Scottish Leaving Certificate Examination, 1961
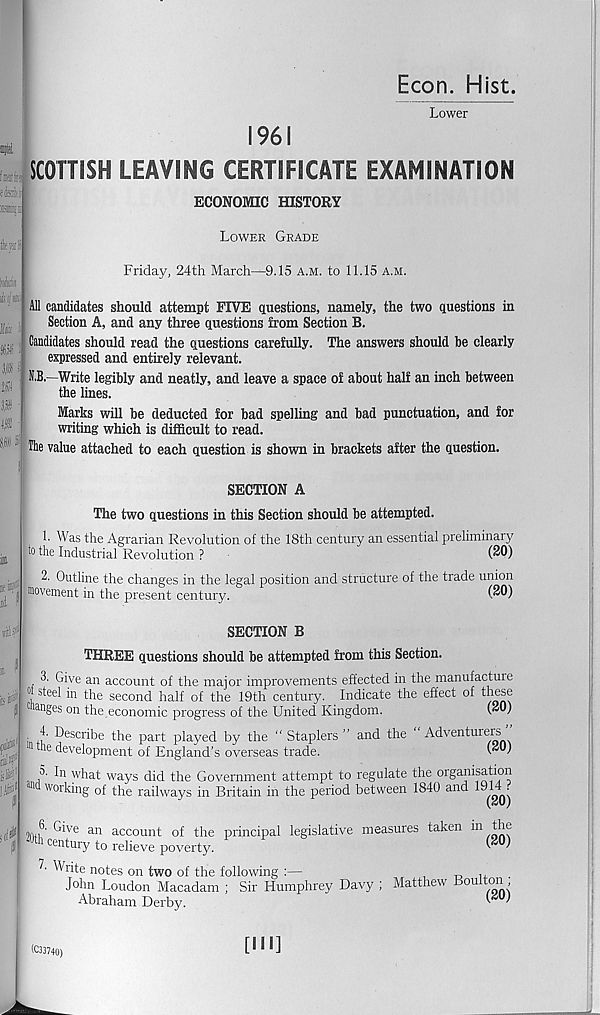
Econ. Hist.
‘Uft ei
Bfeiij
»e:
IjaLi
tfrii
ij/mf
- : -
3,B £
p 1
P ■
l t B •
8,« f
ils^
ft
Lower
1961
SCOTTISH LEAVING CERTIFICATE EXAMINATION
ECONOMIC HISTORY
Lower Grade
Friday, 24th March—9.15 a.m. to 11.15 a.m.
All candidates should attempt FIVE questions, namely, the two questions in
Section A, and any three questions from Section B.
Candidates should read the questions carefully. The answers should be clearly
expressed and entirely relevant.
O,- Write legibly and neatly, and leave a space of about half an inch between
the lines.
Marks will be deducted for bad spelling and bad punctuation, and for
writing which is difficult to read.
Hie value attached to each question is shown in brackets after the question.
SECTION A
The two questions in this Section should be attempted.
1. Was the Agrarian Revolution of the 18th century an essential preliminary
to the Industrial Revolution ?
2. Outline the changes in the legal position and structure of the trade union
: movement in the present century.
SECTION B
THREE questions should be attempted from this Section.
3. Give an account of the major improvements effected in the manufacture
°‘ steel in the second half of the 19th century. Indicate the effect of these
c anges on the economic progress of the United Kingdom.
(20)
. 4. Describe the part played by the “ Staplers ” and the “ Adventurers ”
111 ‘ 16 development of England’s overseas trade.
(*0)
5. In what ways did the Government attempt to regulate the organisation
Wor king of the railways in Britain in the period between 1840 and 1914 f
3 Giwo an account of the principal legislative
century to relieve poverty.
^nte notes on two of the following :—
’ r
1
Sir Humphrey Davy .
w
wil l)WU UI LUC 1
John Loudon Macadam
Abraham Derby.
Matthew Boulton
(so;